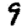
Digit: 9